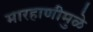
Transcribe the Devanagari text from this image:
मारहाणीमुळे